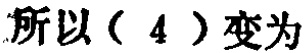
所以（4）变为